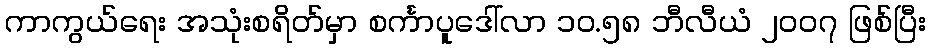
ကာကွယ်ရေး အသုံးစရိတ်မှာ စင်္ကာပူဒေါ်လာ ၁၀.၅၈ ဘီလီယံ ၂၀၀၇ ဖြစ်ပြီး